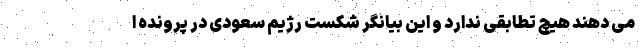
می دهند هیچ تطابقی ندارد و این بیانگر شکست رژیم سعودی در پرونده ا